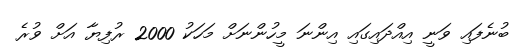
ބުނެފައި ވަނީ އިއްދައިގައި އިންނަ މީހުންނަށް މަހަކު 2000 ރުފިޔާ އަށް ވުރެ